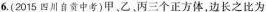
6.( 2015 四川自贡中考)甲、乙、丙三个正方体，边长之比为